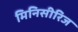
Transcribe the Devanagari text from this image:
मिनिसीरिज